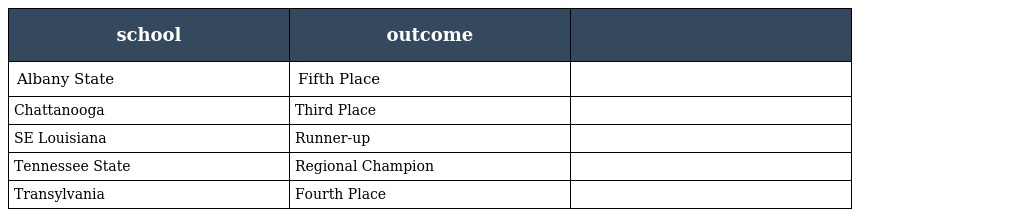
| school | outcome |  |
 | --- | --- | --- |
 | Albany State | Fifth Place |  |
 | Chattanooga | Third Place |  |
 | SE Louisiana | Runner-up |  |
 | Tennessee State | Regional Champion |  |
 | Transylvania | Fourth Place |  |